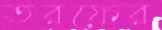
তরফের